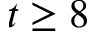
t \ge 8